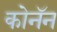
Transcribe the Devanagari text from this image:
कोनॅन